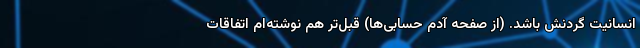
انسانيت گردنش باشد. (از صفحه آدم حسابی‌ها) قبل‌تر هم نوشته‌ام اتفاقات